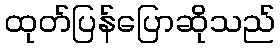
ထုတ်ပြန်ပြောဆိုသည်